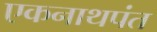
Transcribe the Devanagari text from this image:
एकनाथपंत